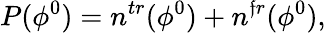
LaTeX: P(\phi^{0})=n^{tr}(\phi^{0})+n^{\mathfrak{f}r}(\phi^{0}),